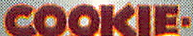
COOKIE·